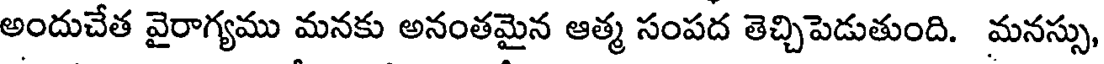
అందుచేత వైరాగ్యము మనకు అనంతమైన ఆత్మ సంపద తెచ్చిపెడుతుంది. మనస్సు,